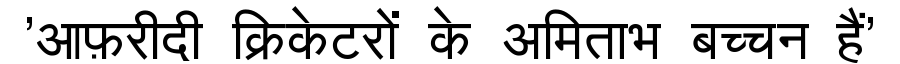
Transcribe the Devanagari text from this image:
'आफ़रीदी क्रिकेटरों के अमिताभ बच्चन हैं'